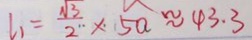
l _ { 1 } = \frac { \sqrt { 3 } } { 2 } \times 5 a \approx 4 3 . 3